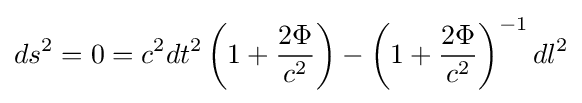
ds^{2}=0=c^{2}dt^{2}\left(1+{2\Phi  \over c^{2}}\right)-\left(1+{2\Phi  \over c^{2}}\right)^{-1}dl^{2}